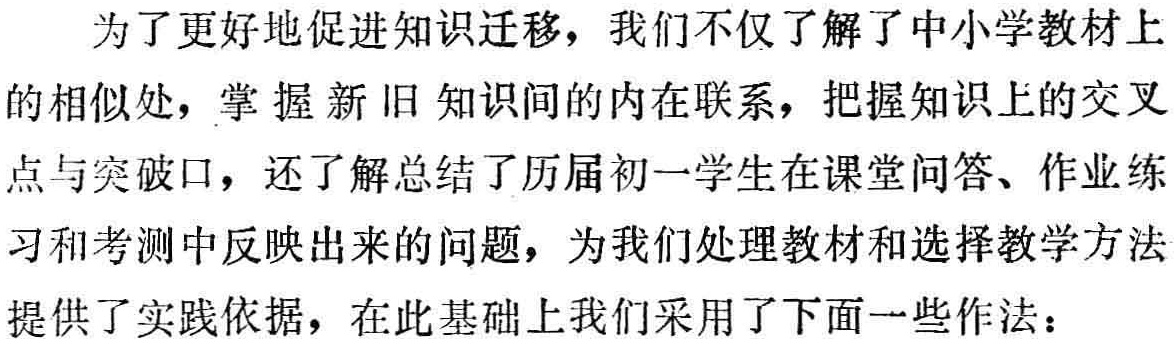
为了更好地促进知识迁移，我们不仅了解了中小学教材上的相似处，掌握新旧知识间的内在联系，把握知识上的交叉点与突破口，还了解总结了历届初一学生在课堂问答、作业练习和考测中反映出来的问题，为我们处理教材和选择教学方法提供了实践依据，在此基础上我们采用了下面一些作法：